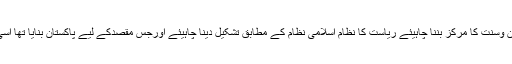
پاکستان اسلامی جمہوریہ پاکستان ہے جسے قرآن وسنت کا مرکز بننا چاہیئے ریاست کا نظام اسلامی نظام کے مطابق تشکیل دینا چاہیئے اورجس مقصدکے لیے پاکستان بنایا تھا اسی مقصد اور نظریہ کے تحت اسے چلایا جائے ۔